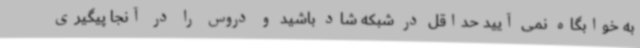
به خوابگاه نمی آیید حداقل در شبکه شاد باشید و دروس را در آنجا پیگیری